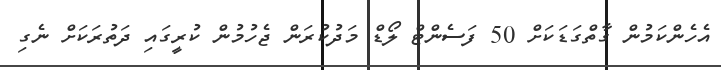
އެހެންކަމުން ގާތްގަޑަކަށް 50 ފަސެންޓް ލޯޑް މަދުކުރަން ޖެހުމުން ކުރީގައި ދަތުރަކަށް ނެގި